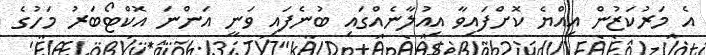
އެ މަރުކަޒުން އިއްޔެ ކޮށްފައިވާ އިއުލާނެއްގައި ބުނެފައި ވަނީ އަންނަ އޮކްޓޯބަރު މަހުގެ